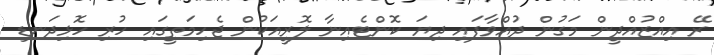
ރޭ އިއްޒުއްދީން މަގުން ދުއްވާފައި ދިޔަ ކޮންޓެއިނާ ލޮރީއަކުން ޖެހިމަތީގައި ހުރި ހޮޅިދަނޑި